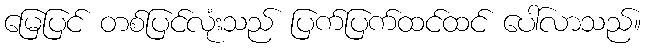
မြေပြင် တစ်ပြင်လုံးသည် ပြက်ပြက်ထင်ထင် ပေါ်လာသည်။